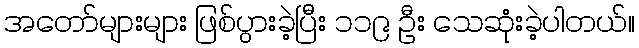
အတော်များများ ဖြစ်ပွားခဲ့ပြီး ၁၁၉ ဦး သေဆုံးခဲ့ပါတယ်။